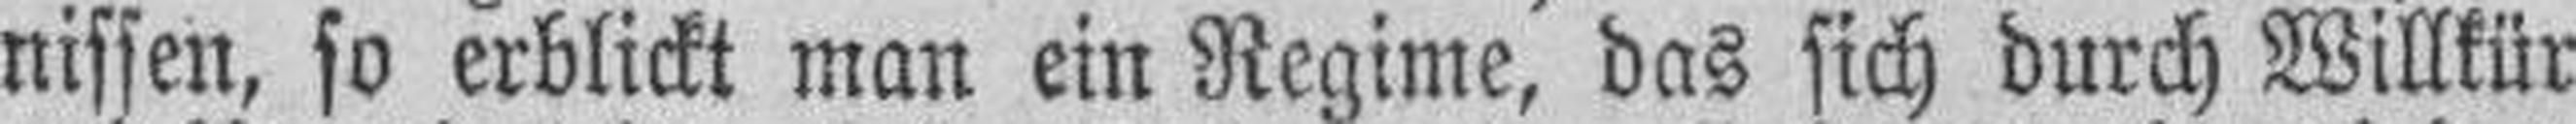
nissen, so erblickt man ein Regime, das sich durch Willkür